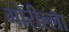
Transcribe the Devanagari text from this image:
गोरील्ला